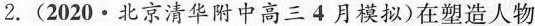
2.(2020\cdot北京清华附中高三4月模拟)在塑造人物